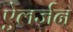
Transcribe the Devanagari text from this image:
ऐलर्जन